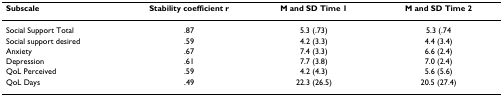
<table><thead><tr><td><b>Subscale</b></td><td><b>Stability coefficient r</b></td><td><b>M and SD Time 1</b></td><td><b>M and SD Time 2</b></td></tr></thead><tbody><tr><td>Social Support Total</td><td>.87</td><td>5.3 (.73)</td><td>5.3 (.74</td></tr><tr><td>Social support desired</td><td>.59</td><td>4.2 (3.3)</td><td>4.4 (3.4)</td></tr><tr><td>Anxiety</td><td>.67</td><td>7.4 (3.3)</td><td>6.6 (2.4)</td></tr><tr><td>Depression</td><td>.61</td><td>7.7 (3.8)</td><td>7.0 (2.4)</td></tr><tr><td>QoL Perceived</td><td>.59</td><td>4.2 (4.3)</td><td>5.6 (5.6)</td></tr><tr><td>QoL Days</td><td>.49</td><td>22.3 (26.5)</td><td>20.5 (27.4)</td></tr></tbody></table>